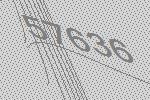
57636